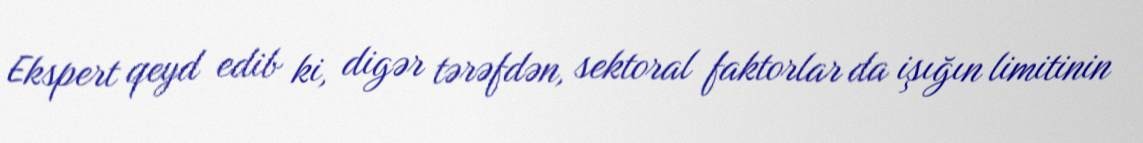
Ekspert qeyd edib ki, digər tərəfdən, sektoral faktorlar da işığın limitinin